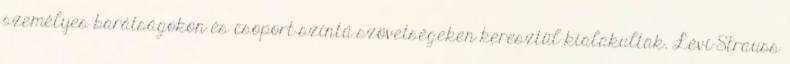
személyes barátságokon és csoport szintű szövetségeken keresztül kialakultak. Lévi-Strauss